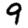
Digit: 9